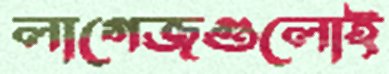
লাগেজগুলোই